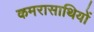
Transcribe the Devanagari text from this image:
कमरासाथियों